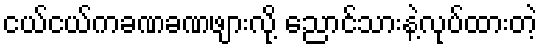
ငယ်ငယ်ကခဏခဏဖျားလို့ ညောင်သားနဲ့လုပ်ထားတဲ့